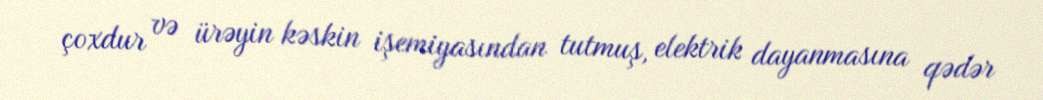
çoxdur və ürəyin kəskin işemiyasından tutmuş, elektrik dayanmasına qədər